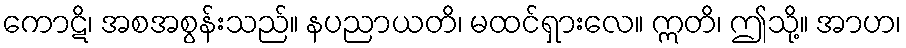
ကောဋိ၊ အစအစွန်းသည်။ နပညာယတိ၊ မထင်ရှားလေ။ ဣတိ၊ ဤသို့။ အာဟ၊